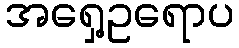
အရှေ့ဥရောပ